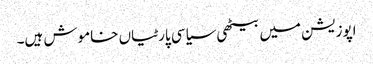
اپوزیشن میں بیٹھی سیاسی پارٹیاں خاموش ہیں۔